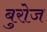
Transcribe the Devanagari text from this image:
बुरोज